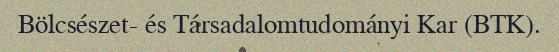
Bölcsészet- és Társadalomtudományi Kar (BTK).